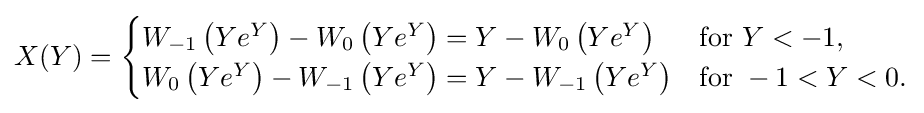
X(Y)={\begin{cases}W_{-1}\left(Ye^{Y}\right)-W_{0}\left(Ye^{Y}\right)=Y-W_{0}\left(Ye^{Y}\right)&{\text{for }}Y<-1,\\W_{0}\left(Ye^{Y}\right)-W_{-1}\left(Ye^{Y}\right)=Y-W_{-1}\left(Ye^{Y}\right)&{\text{for }}-1<Y<0.\end{cases}}